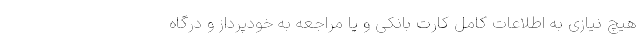
هیچ نیازی به اطلاعات کامل کارت بانکی و یا مراجعه به خودپرداز و درگاه